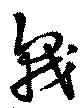
戟